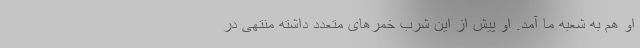
او هم به شعبه ما آمد. او پیش از این شرب خمرهای متعدد داشته منتهی در